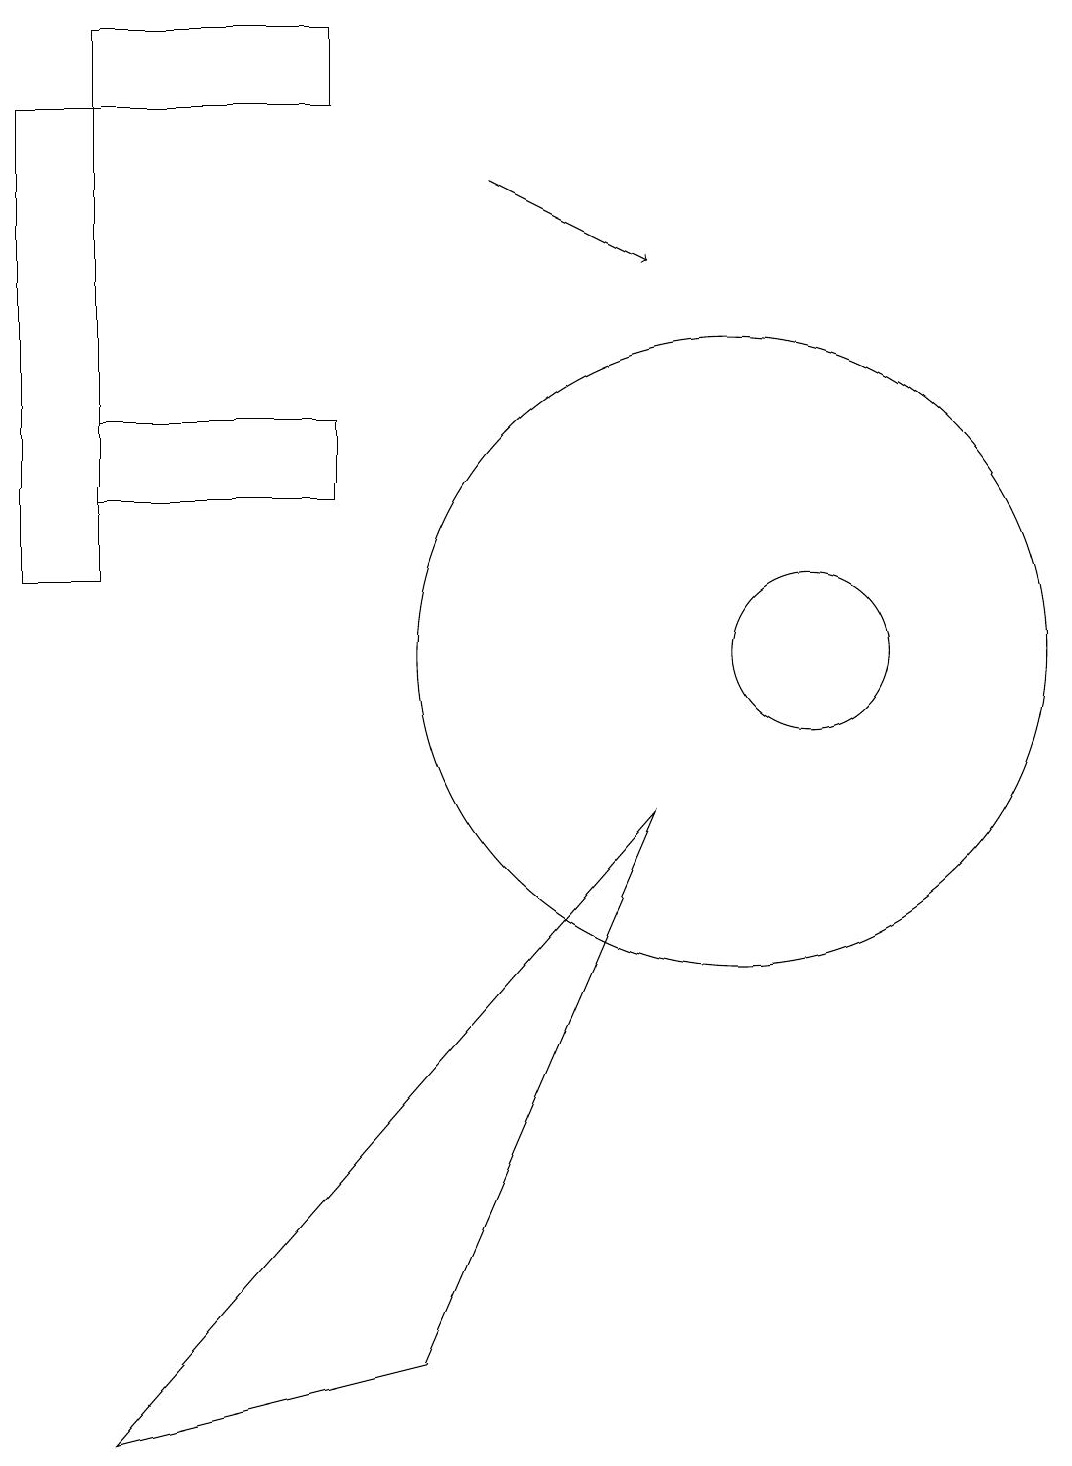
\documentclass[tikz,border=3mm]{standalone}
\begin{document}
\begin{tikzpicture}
\draw[->] (7,16) -- (9,15);
\draw (2,0) -- (9,8) -- (6,1) -- cycle;
\draw (10,10) circle (4);
\draw (5,13) rectangle (2,12);
\draw (1,11) rectangle (2,17);
\draw (2,18) rectangle (5,17);
\draw (11,10) circle (1);
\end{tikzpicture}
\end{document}